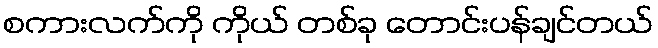
စကားလက်ကို ကိုယ် တစ်ခု တောင်းပန်ချင်တယ်